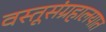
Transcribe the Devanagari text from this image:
वस्तूसंग्रहालयात